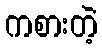
ကစားတဲ့